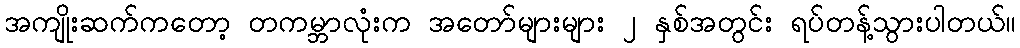
အကျိုးဆက်ကတော့ တကမ္ဘာလုံးက အတော်များများ ၂ နှစ်အတွင်း ရပ်တန့်သွားပါတယ်။